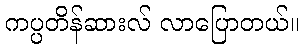
ကပ္ပတိန်ဆားလ် လာပြောတယ်။